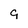
Character: 9